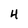
Character: 4